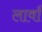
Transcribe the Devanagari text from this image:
लावाँ